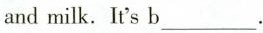
and milk.It's b___.